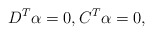
\begin{align*} D^T \alpha = 0, C^T \alpha = 0,\end{align*}